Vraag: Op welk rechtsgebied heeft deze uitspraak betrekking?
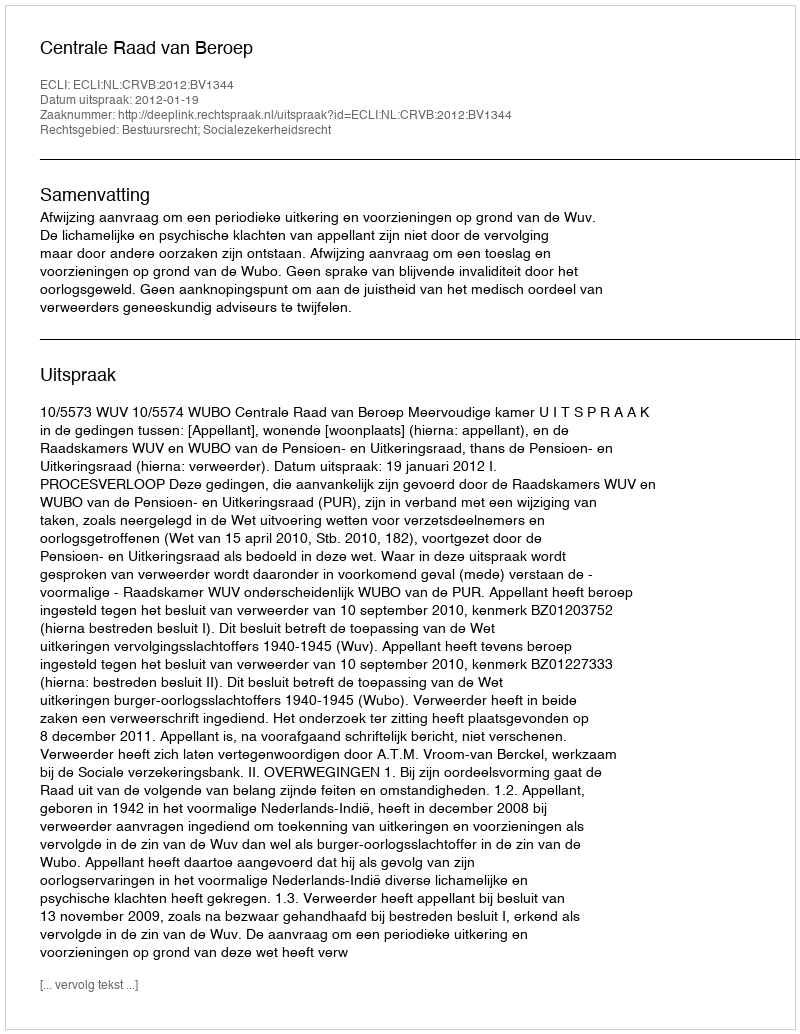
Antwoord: Bestuursrecht; Socialezekerheidsrecht